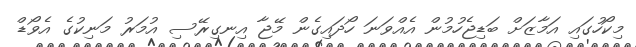
މިކޯހުގައި އަމާޒަށް ބަޑިޖެހުމުން އެއްވަނަ ހޯދައިގެން މޭޖާ އިނގިރޭސި އުމަރު މަނިކުގެ އެވޯޑް